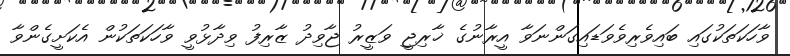
ވާހަކަތަކުގައި ބައިވެރިވެވަޑައިގަންނަވާ އީރާނުގެ ޚާރިޖީ ވަޒީރު ޖާވިދު ޒާރިފު ވިދާޅުވީ ވާހަކަތަކުން އެކަށީގެންވާ